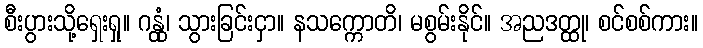
စီးပွားသို့ရှေးရှု။ ဂန္တုံ၊ သွားခြင်းငှာ။ နသက္ကောတိ၊ မစွမ်းနိုင်။ အညဒတ္ထု၊ စင်စစ်ကား။